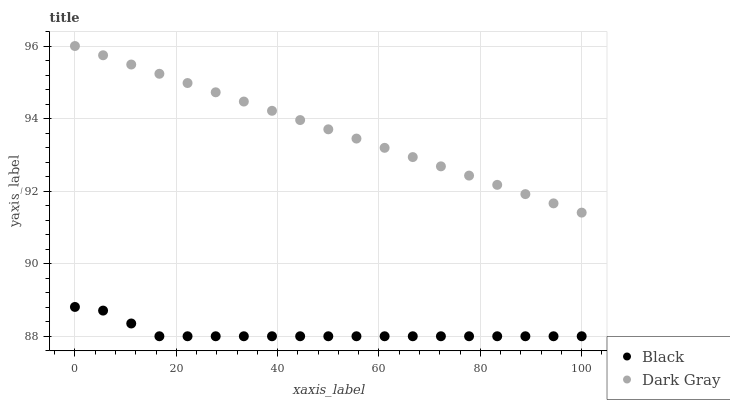
| xaxis_label | Black | Dark Gray |
 | --- | --- | --- |
 | 0 | 88.8 | 96 |
 | 5.56 | 88.7 | 95.7 |
 | 11.1 | 88.4 | 95.5 |
 | 16.7 | 88 | 95.2 |
 | 22.2 | 88 | 95 |
 | 27.8 | 88 | 94.7 |
 | 33.3 | 88 | 94.5 |
 | 38.9 | 88 | 94.2 |
 | 44.4 | 88 | 94 |
 | 50 | 88 | 93.7 |
 | 55.6 | 88 | 93.4 |
 | 61.1 | 88 | 93.2 |
 | 66.7 | 88 | 92.9 |
 | 72.2 | 88 | 92.7 |
 | 77.8 | 88 | 92.4 |
 | 83.3 | 88 | 92.2 |
 | 88.9 | 88 | 91.9 |
 | 94.4 | 88 | 91.7 |
 | 100 | 88 | 91.4 |